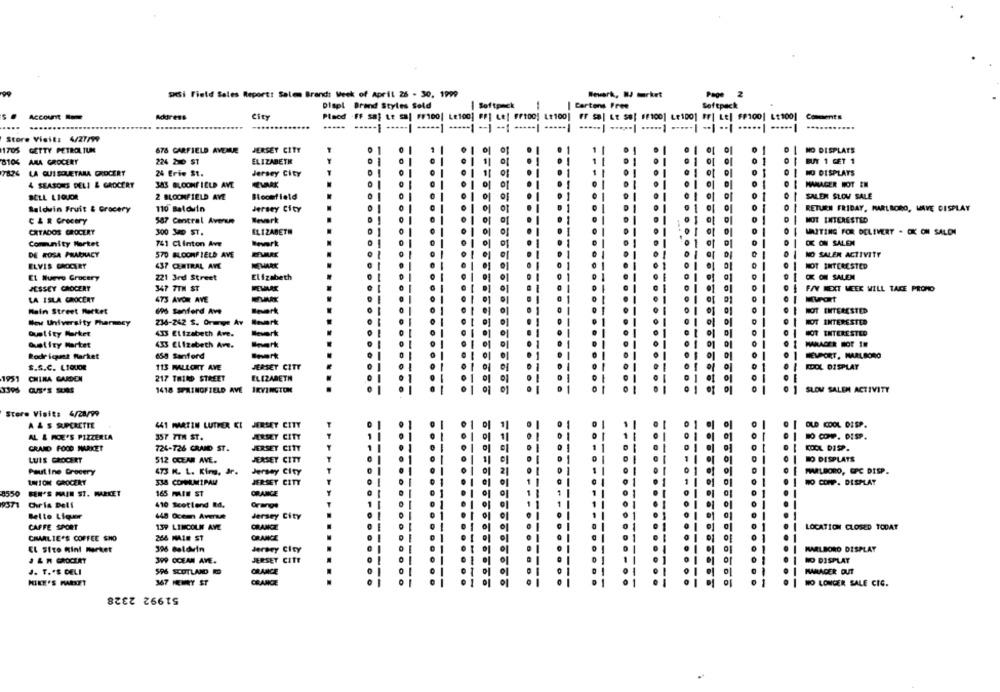
SMSi Field Sales Report: Salem Brand: Week of April 25 - 30, 1999
| Softpack
Displ Brand Styles Sold
| Cartons Free
Softpack
City
Placd -FF saj Le sal F/100| Le100] #81 Le| #/100! L$1001 FF sa| LE se| FF100] Le1001 FF| Le| $/100| L:100| Comments
...
.....
Store Visit: 4/27/99
1705 GETTY PETROLIUM
676 GARFIELD AVENUE
JERSEY CITY
NO DISPLATS
8104
ANA GROCERY
224 210 ST
ELIZABETH
BUY 1 GET 1
7826 LA QUISQUETAMA GROCERY
24 Erie St.
Jersey City
NO DISPLAYS
4 SEASONS DELI & GROCERY
383 BLOOMFIELD AVE
MANAGER NOT EN
BELL LIQUOR
2 BLOOMFIELD AVE
Bloomfield
SALEN SLOW SALE
110 Baldwin
Jersey City
RETURN FRIDAY, MARLBORO, MAVE DISPLAY
Baldwin Fruit & Grocery
C & R Grocery
587 Central Avenue
Rework
D
NOT INTERESTED
CRTADOS GROCERY
300 34 ST.
ELIZABETH
WAITING FOR DELIVERY . CK ON SALON
OK ON SALEN
Comunity Market
741 Clinton Ave
Bewerk
DE ROSA PHARMACY
570 BLOOMFIELD AVE
MARK
NO SALEN ACTIVITY
ELVIS GROCERY
<37 CENTRAL AVE
NEWARK
NOT INTERESTED
221 3rd Street
Elizabeth
OK ON SALEN
EL Nuevo Grocery
JESSEY GROCERY
347 7TH ST
FAV NEXT WEEK WILL TAKE PROMO
LA ISLA GROCERY
473 AVOR AVE
Main Street Market
- sanford Awe
NOT INTERESTED
New University Pharmacy
234-242 $. Orange Av
NOT INTERESTED
Bevork
HOT INTERESTED
Quality Market
433 Elizabeth Ave.
Geliry Market
433 Elizabeth Ane.
Rodriguez Market
158 Sanford
HEUPORT, MARLBORO
S.S.C. LIQUOR
113 WALLONT AVE
JERSEY CITY
KEDCL DISPLAY
1951
CHINA GARDEN
217 THIRD STREET
ELIZABETH
1418 SPRINGFIELD AVE
IRVINGTON
SLOM SALEM ACTIVITY
Store Visit: 4/28/99
A & S RPCRETIL
441 MARTIN LUTHER KI JERSEY CITY
357 TTH ST.
JERSEY CITY
AL & FCE'S PIZZERIA
NO COMP. DISP.
GRAND FOOD MARKET
724-726 GRAND ST.
JERSEY CITY
KOCL DISP.
LUIS GROCERY
512 OCEAN AVE.
JERSEY CITY
LO DISPLATS
Pauline Grocery
Jersey City
MMALDORO, GPC DISP.
473 K. L. King, Jr.
ERTON GROCERY
338 COMMAUMIPAM
JERSEY CITY
NO COMP. DISPLAY
2550
FEN'S MAIN ST. MARKET
165 MAIN ST
ORANGE
9371
410 Scotland Rd.
Grangs
Bello Liger
448 Ocean Avenue
Jersey City
CAFFE SPORT
13P LINCOLN AVE
CHANCE
LOCATION CLOSED TODAY
CHARLIE'S COFFEE SHO
266 MALE ST
CRANCE
EL Sito Kini market
396 Baldvin
Jersey City
MARLBORO DISPLAY
J & M GROCERY
399 OCEAN AVE.
JERSET CITE
NO DISPLAY
J. T."S DELI
CHANCE
MANAGER OUT
367 HEMRY ST
CRANCE
MIKE'S MARKET
NO LONGER SALE CIC.
51992 2328